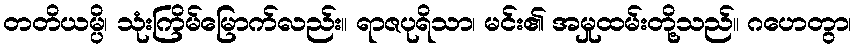
တတိယမ္ပိ၊ သုံးကြိမ်မြောက်လည်း။ ရာဇပုရိသာ၊ မင်း၏ အမှုထမ်းတို့သည်။ ဂဟေတွာ၊